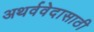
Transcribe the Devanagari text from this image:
अथर्ववेदासाठी